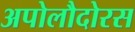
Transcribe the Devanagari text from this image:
अपोलौदोरस